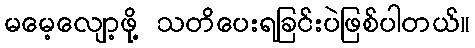
မမေ့လျော့ဖို့ သတိပေးရခြင်းပဲဖြစ်ပါတယ်။